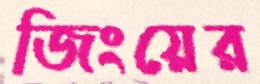
জিংয়ের